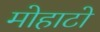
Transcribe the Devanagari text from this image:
मोहाटो